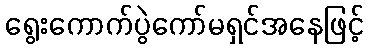
ရွေးကောက်ပွဲကော်မရှင်အနေဖြင့်